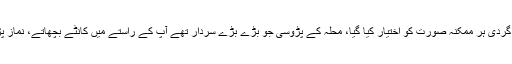
۵- نیز حضورﷺ کو ستانے کے لئے انتشار انگیزی، کٹ حجتیاں، دلائل، استہزائ، غنڈہ گردی ہر ممکنہ صورت کو اختیار کیا گیا، محلہ کے پڑوسی جو بڑے بڑے سردار تھے آپ کے راستے میں کانٹے بچھاتے، نماز پڑھتے وقت شور مچاتے، اوجھڑیاں لا کر ڈالتے، گلا گھونٹتے لیکن ان سب پر صبر کیا۔